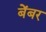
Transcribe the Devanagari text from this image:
बेंबर